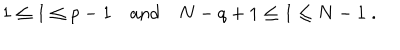
1 \leq I \leq p - 1 \quad \mathrm { a n d } \quad N - q + 1 \leq I \leq N - 1 \; .